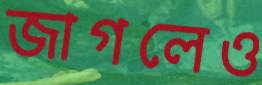
জাগলেও